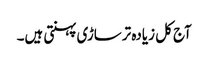
آج کل زیادہ ترساڑی پہنتی ہیں۔